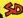
SD